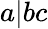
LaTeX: a|bc